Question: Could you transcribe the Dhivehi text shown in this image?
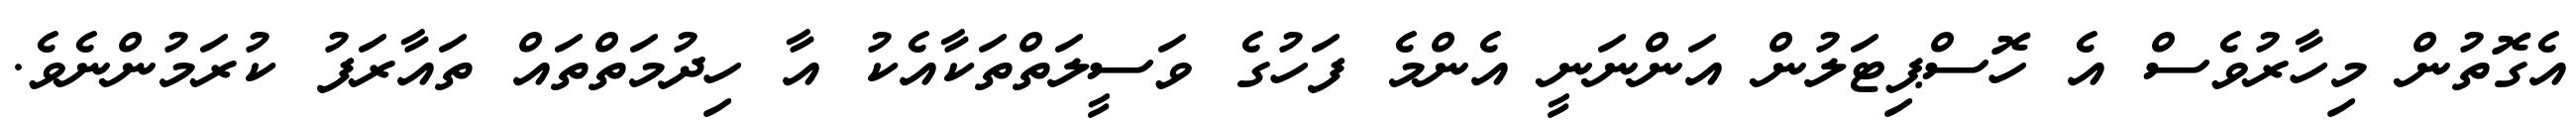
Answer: އެގޮތުން މިހާރުވެސް އެ ހޮސްޕިޓަލުން އަންނަނީ އެންމެ ފަހުގެ ވަސީލަތްތަކާއެކު އާ ހިދުމަތްތައް ތައާރަފު ކުރަމުންނެވެ.